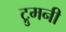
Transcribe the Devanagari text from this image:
ट्रुमनी